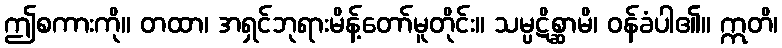
ဤစကားကို။ တထာ၊ အရှင်ဘုရားမိန့်တော်မူတိုင်း။ သမ္ပဋိစ္ဆာမိ၊ ဝန်ခံပါ၏။ ဣတိ၊